Report of the Imperial Institute of Veterinary Research, Muktesar
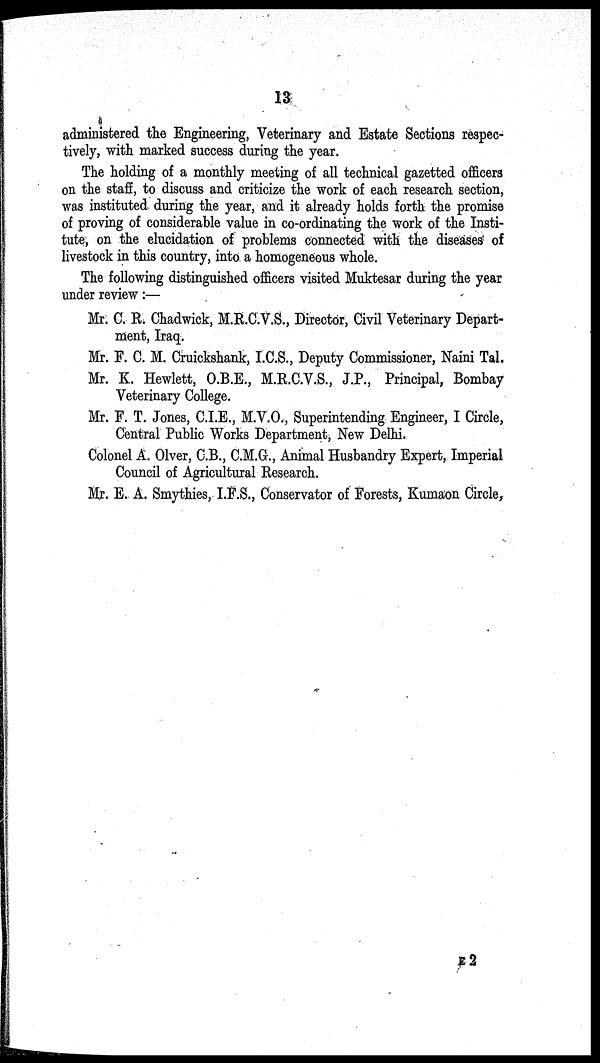
13
administered the Engineering, Veterinary and Estate Sections respec-
tively, with marked success during the year.
The holding of a monthly meeting of all technical gazetted officers
on the staff, to discuss and criticize the work of each research section,
was instituted during the year, and it already holds forth the promise
of proving of considerable value in co-ordinating the work of the Insti-
tute, on the elucidation of problems connected with the diseases of
livestock in this country, into a homogeneous whole.
The following distinguished officers visited Muktesar during the year
under review :—
Mr. C. R. Chadwick, M.R.C.V.S., Director, Civil Veterinary Depart-
ment, Iraq.
Mr. F. C. M. Cruickshank, I.C.S., Deputy Commissioner, Naini Tal.
Mr. K. Hewlett, O.B.E., M.R.C.V.S., J.P., Principal, Bombay
Veterinary College.
Mr. F. T. Jones, C.I.E., M.V.O., Superintending Engineer, I Circle,
Central Public Works Department, New Delhi.
Colonel A. Olver, C.B., C.M.G., Animal Husbandry Expert, Imperial
Council of Agricultural Research.
Mr. E. A. Smythies, I.F.S., Conservator of Forests, Kumaon Circle,